Studies on the mouth parts a Comparative anatomy of the proboscis in the blood-sucking muscidae - Number 60
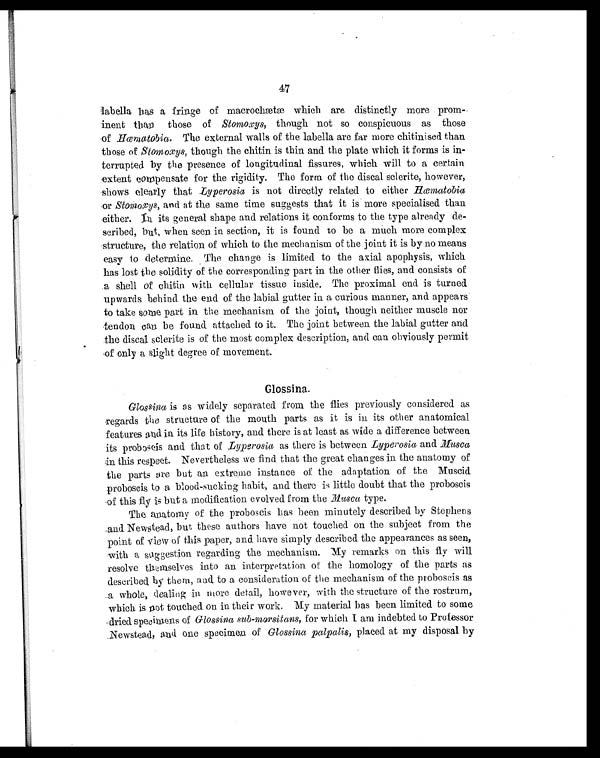
47
labella has a fringe of macrochætæ which are distinctly more prom-
inent than those of Stomoxys , though not so conspicuous as those
of Hæmatobia. The external walls of the labella are far more chitinised than
those of Stomoxys, though the chitin is thin and. the plate which it forms is in-
terrupted by the presence of longitudinal fissures, which will to a certain
extent compensate for the rigidity. The form of the discal sclerite, however,
shows clearly that Lyperosia is not directly related to either Hæmatobia
or Stomoxys, and at the same time suggests that it is more specialised than
either. in its general shape and relations it conforms to the type already de-
scribed, but, when seen in section, it is found to be a much more complex
structure, the relation of which to the mechanism of the joint it is by no means
easy to determine. The change is limited to the axial apophysis, which
has lost the solidity of the corresponding part in the other flies, and consists of
a shell of chitin with cellular tissue inside. The proximal end is turned
upwards behind the end of the labial gutter in a curious manner, and appears
to take some part in the mechanism of the joint, though neither muscle nor
tendon can be found attached to it. The joint between the labial gutter and
the discal sclerite is of the most complex description, and can obviously permit
of only a slight degree of movement.
Glossina.
Glossina is as widely separated from the flies previously considered as
regards the structure of the mouth parts as it is in its other anatomical
features and in its life history, and there is at least as wide a difference between
its proboscis and that of Lyperosia as there is between Lyperosia and Musca
in this respect. Nevertheless we find that the great changes in the anatomy of
the parts are but an extreme instance of the adaptation of the Muscid.
proboscis to a blood-sucking habit, and there is little doubt that the proboscis
of this fly is but a modification evolved from the Musca type.
The anatomy of the proboscis has been minutely described by Stephens
and Newstead, but these authors have not touched on the subject from the
point of view of this paper, and have simply described the appearances as seen,
with a suggestion regarding the mechanism. My remarks on this fly will
resolve themselves into an interpretation of the homology of the parts as
described by them, and to a consideration of the mechanism of the proboscis as
a whole, dealing in more detail, however, with the structure of the rostrum,
which is not touched on in their work. My material has been limited to some
dried specimens of Glossina sub-morsitans, for which I am indebted to Professor
Newstead, and one specimens of Glossina palpalis, placed at my disposal by